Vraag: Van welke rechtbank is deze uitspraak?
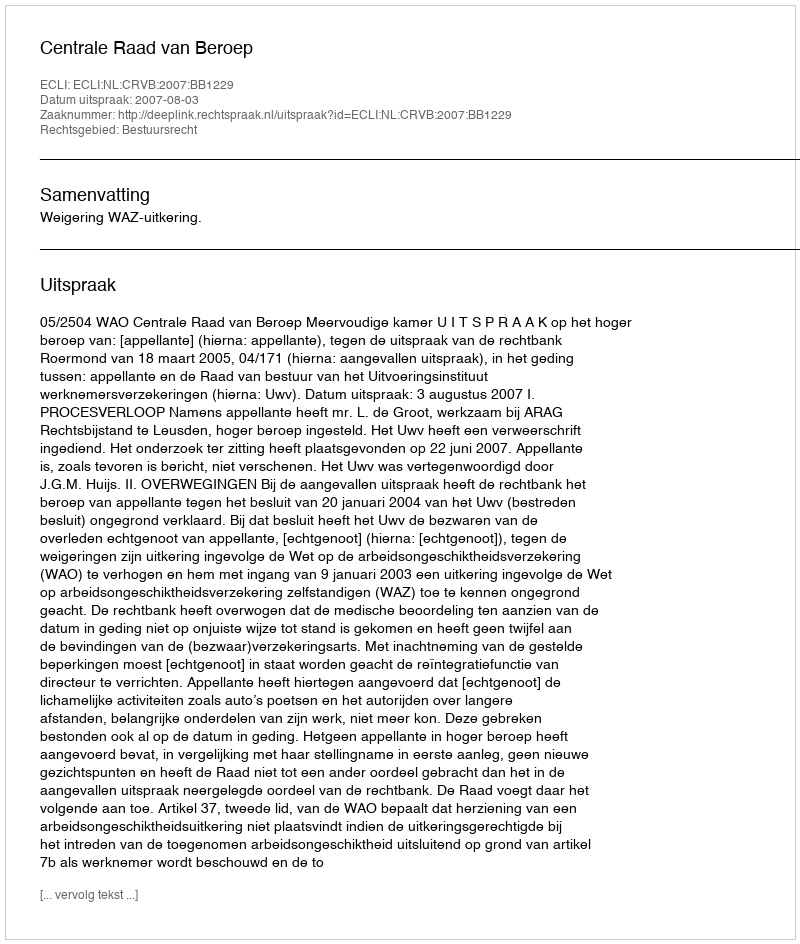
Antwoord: Centrale Raad van Beroep